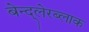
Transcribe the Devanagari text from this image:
बेन्द्लेरब्लाक